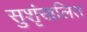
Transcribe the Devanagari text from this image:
सुशृंखलित